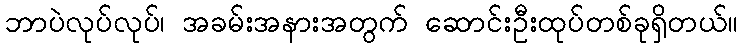
ဘာပဲလုပ်လုပ်၊ အခမ်းအနားအတွက် ဆောင်းဦးထုပ်တစ်ခုရှိတယ်။